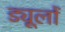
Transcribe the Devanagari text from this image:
ड्यूलों